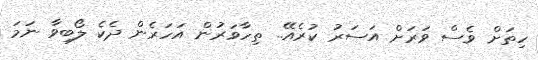
ހިތަށް ވެސް ވަރަށް އަސަރު ކުރެއޭ.. ތިހާވަރުން އަހަރެން ދެކެ ލޯބިވާ ނަމަ